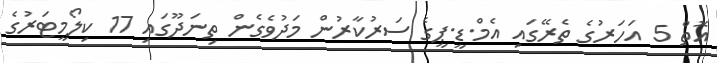
އޮތް 5 އަހަރުގެ ތެރޭގައި އެމް.ޑީ.ޕީގެ ސަރުކާރުން މަދުވެގެން ތިނަދޫގައި 17 ކިލޯމީޓަރުގެ